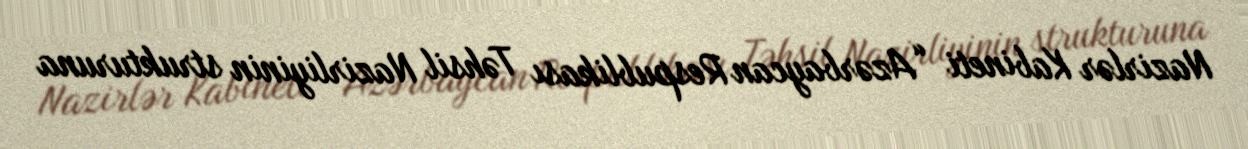
Nazirlər Kabineti “Azərbaycan Respublikası Təhsil Nazirliyinin strukturuna